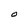
Character: O